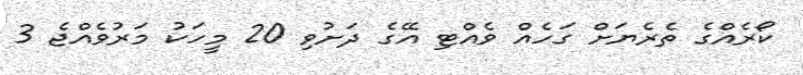
ކޯރެއްގެ ތެރެޔަށް ގަހެއް ވެއްޓި އޭގެ ދަށުވި 20 މީހަކު މަރުވެއްޖެ 3